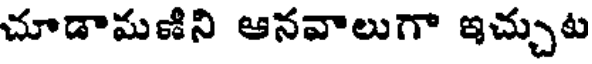
చూడామణిని ఆనవాలుగా ఇచ్చుట